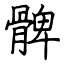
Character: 髀